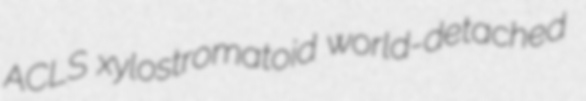
ACLS xylostromatoid world-detached